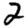
Digit: 2